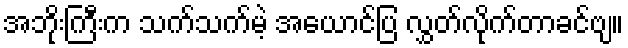
အဘိုးကြီးက သက်သက်မဲ့ အယောင်ပြ လွှတ်လိုက်တာခင်ဗျ။